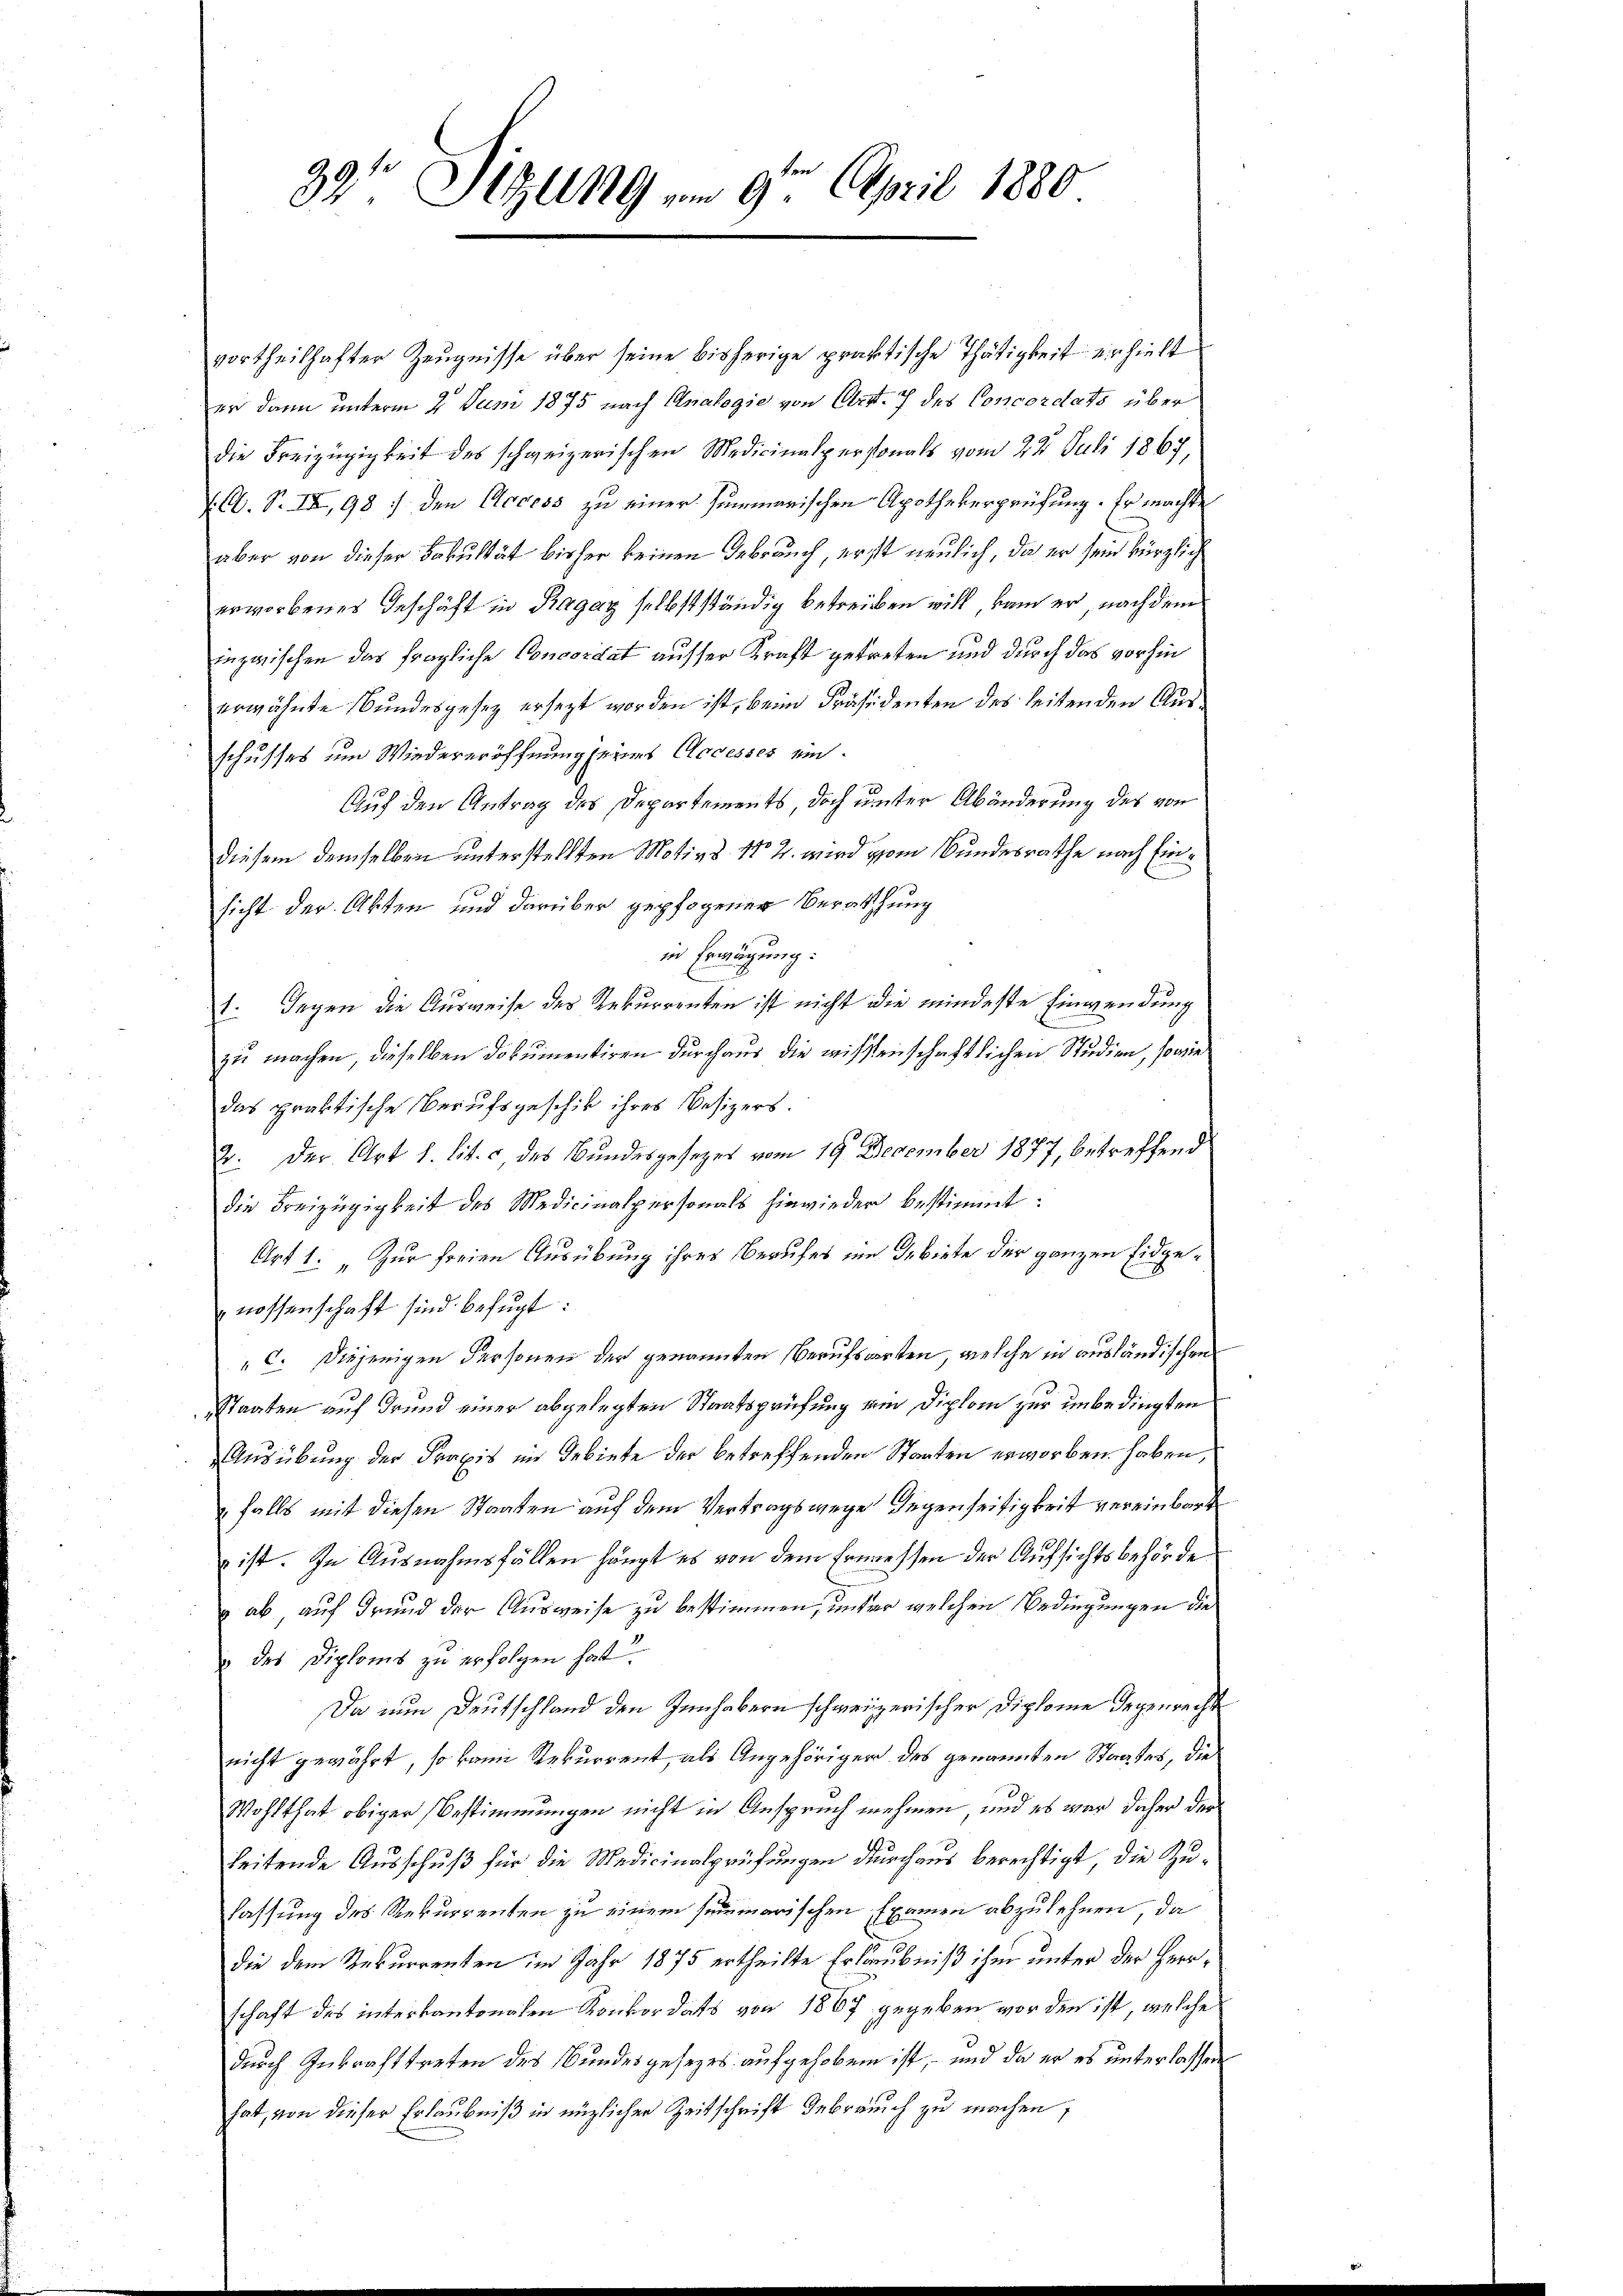
39 Sizung vom 9ten April 1880

vortheilhafter Zeugnisse über seine bisherige praktische Thätigkeit erhielt
er dann unterm 2. Juni 1875 nach Analogie von Art. 7 des Concordats über
die Freizügigkeit des schweizerischen Medicinalpersonals vom 22. Juli 1867,
J. C. S. IX, 98 / den Access zu einer summarischen Apothekerprüfung. Er machte
aber von dieser Fakultät bisher keinen Gebrauch, erst neulich, da er sein kürzlich
erworbenes Geschäft in Ragaz selbstständig betreiben will, kam er, nach dem
inzwischen das fragliche Concordat ausser Kraft getreten und durch das vorhin
erwähnte Bundesgesetz ersetzt worden ist, beim Präsidenten des leitenden Ausschusses um Wiedereröffnung seines Accesses ein¬
Auf den Antrag des Departements, doch unter Abänderung des von
diesem demselben unterstellten Motivs No 2. wird vom Bundesrathe nach Einsicht der Akten und darüber gepfogener Berathung
in Erwägung:
1. Gegen die Ausweise des Rekurrenten ist nicht die mindeste Einwendung
E
zu machen, dieselben Dokumentiren durchaus die wissenschaftlichen Studien, sowie
das praktische Berufsgeschick ihres Besizers.
2. Der Art 1. lit. c, des Bundesgesetzes vom 19. December 1877, betreffend
die Freizügigkeit des Medicinalpersonals hinwieder bestimmt:
Art 1: „Zur freien Ausübung ihres Berufes im Gebiete der ganzen Eidgenossenschaft sind befugt:
„ C. Diejenigen Personen der genannten Berufsarten, welche in ausländischen
Staaten auf Grund einer abgelegten Staatsprüfung um Diplom zur unbedingten
Ausübung der Praxis im Gebiete der betreffenden Staaten erworben haben,
falls mit diesen Staaten auf dem Vertragswege Gegenseitigkeit vereinbarte
 ist. In Ausnahmsfällen hängt es von dem Ermessen der Aufsichtsbehörde
ab auf Grund der Ausweise zu bestimmen, unter welchen Bedingungen die
" des Diploms zu erfolgen hat.
Da nun Deutschland den Innhabern schweizerischer Diplome Gegenrecht
nicht gewährt, so kann Rekurrent, als Angehöriger des genannten Staates, die
Wohlthat obiger Bestimmungen nicht in Anspruch nehmen, und es war daher der
leitende Ausschuß für die Medicinalprüfungen durchaus berechtigt, die Zulassung des Rekurrenten zu einem summarischen Examen abzulehnen, da
die dem Rekurrenten im Jahr 1875 ertheilte Erlaubniß ihm unter der Herrschaft des interkantonalen Konkordats von 1867 gegeben vor den ist, welche
durch Inkrafttreten des Bundesgesezes aufgehoben ist, – und da er es unterlassen
hat, von dieser Erlaubniß in möglicher Zeitschrift debrauch zu machen,